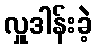
လှူဒါန်းခဲ့